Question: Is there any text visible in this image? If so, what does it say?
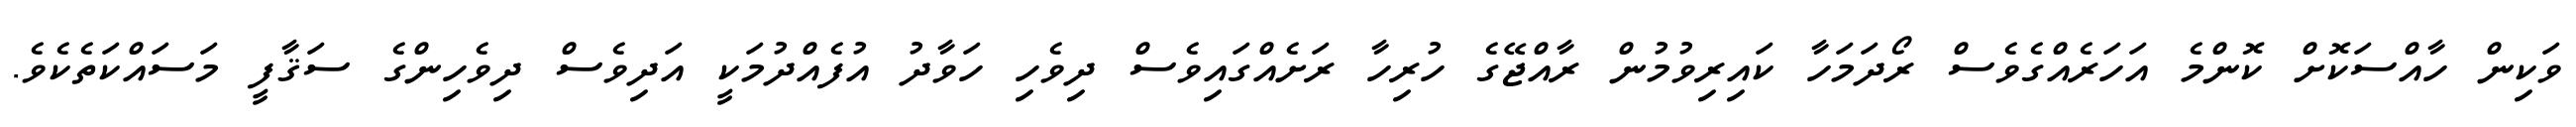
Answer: ވަކިން ހާއްސަކޮށް ކޮންމެ އަހަރެއްގެވެސް ރޯދަމަހާ ކައިރިވުމުން ރާއްޖޭގެ ހުރިހާ ރަށެއްގައިވެސް ދިވެހި ހަވާދު އުފެއްދުމަކީ އަދިވެސް ދިވެހިންގެ ސަޤާފީ މަސައްކަތެކެވެ.